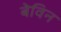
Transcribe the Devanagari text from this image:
बेविन